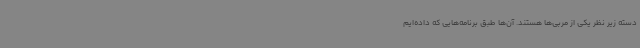
دسته زیر نظر یکی از مربی‌ها هستند. آن‌ها طبق برنامه‌هایی که داده‌ایم